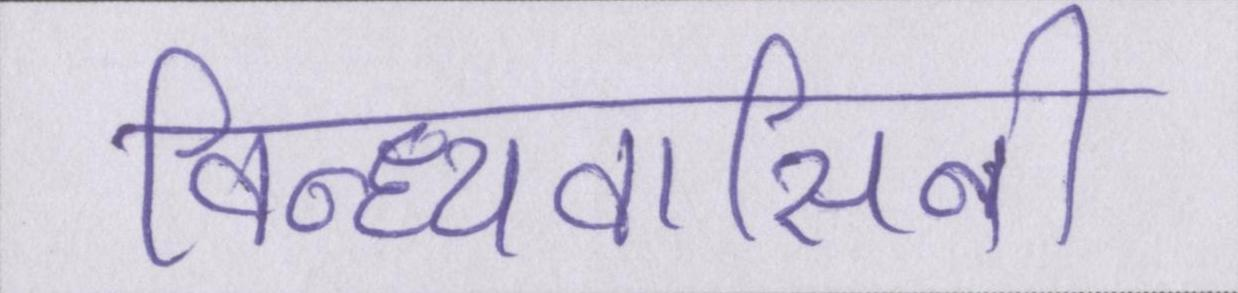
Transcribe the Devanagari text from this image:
विन्ध्यवासिनी